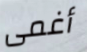
أغمى